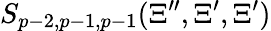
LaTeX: S_{p-2,p-1,p-1}(\Xi^{\prime\prime},\Xi^{\prime},\Xi^{\prime})